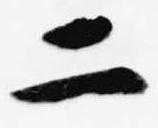
二